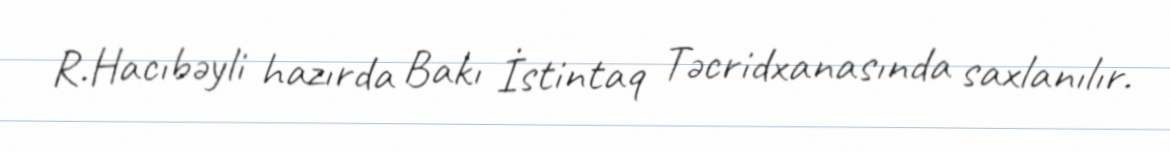
R.Hacıbəyli hazırda Bakı İstintaq Təcridxanasında saxlanılır.